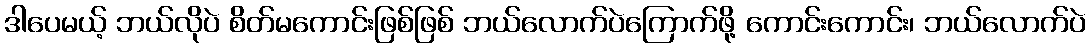
ဒါပေမယ့် ဘယ်လိုပဲ စိတ်မကောင်းဖြစ်ဖြစ် ဘယ်လောက်ပဲကြောက်ဖို့ ကောင်းကောင်း၊ ဘယ်လောက်ပဲ